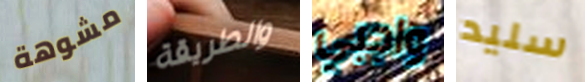
مشوهة والطريقة واجبي سليد